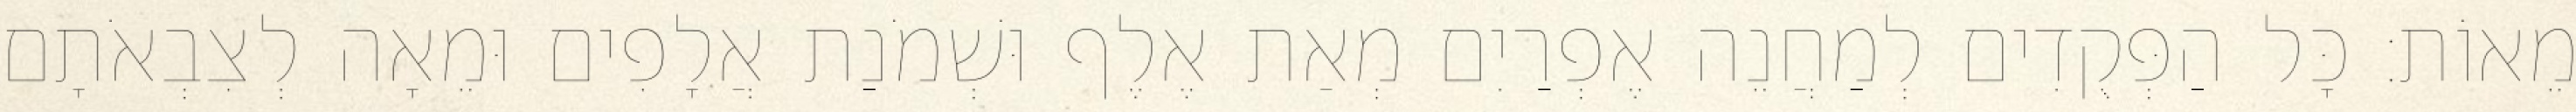
מֵאוֹת׃ כָּל הַפְּקֻדִים לְמַחֲנֵה אֶפְרַיִם מְאַת אֶלֶף וּשְׁמֹנַת אֲלָפִים וּמֵאָה לְצִבְאֹתָם